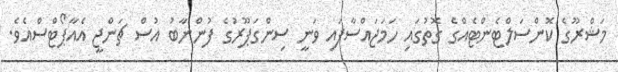
މަޝްރޫގެ ކޮންސަލްޓެންޓެއްގެ ގޮތުގައި ހަމަޖައްސާފައި ވަނީ ސިންގަޕޫރުގެ ފުންނާބު އުސް ޗަންޖީ އެއާޕޯޓްސްއެވެ.